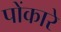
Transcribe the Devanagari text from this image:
पोंकारे